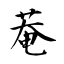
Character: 菴